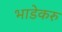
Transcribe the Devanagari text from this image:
भाडेकरु